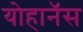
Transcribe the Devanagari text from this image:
योहानॅस